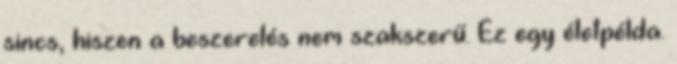
sincs, hiszen a beszerelés nem szakszerű. Ez egy életpélda.